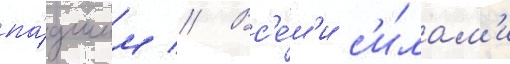
па́дшим // Вс'е́м'и с'и́лам'и